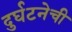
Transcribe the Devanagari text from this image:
दुर्घटनेची